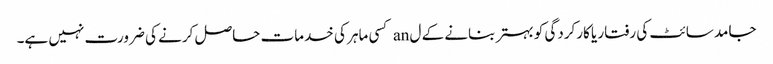
جامد سائٹ کی رفتار یا کارکردگی کو بہتر بنانے کے ل an کسی ماہر کی خدمات حاصل کرنے کی ضرورت نہیں ہے۔